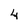
Character: 4